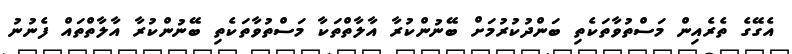
އެގޭގެ ތެރެއިން މަސްތުވާތަކެތި ބަންދުކުރުމަށް ބޭނުންކުރާ އާލާތްތަކާ މަސްތުވާތަކެތި ބޭނުންކުރާ އާލާތްތައް ފެނުނު